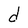
Character: d